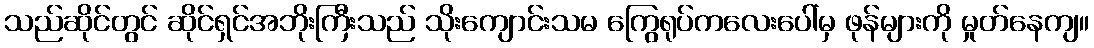
သည်ဆိုင်တွင် ဆိုင်ရှင်အဘိုးကြီးသည် သိုးကျောင်းသမ ကြွေရုပ်ကလေးပေါ်မှ ဖုန်များကို မှုတ်နေကျ။